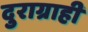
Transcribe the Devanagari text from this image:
दुराग्राही